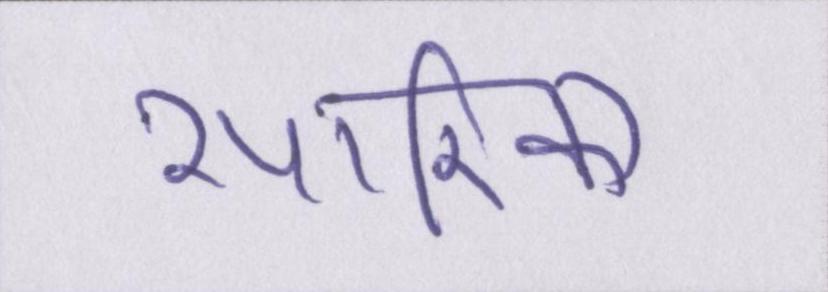
सारिका